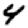
Digit: 4